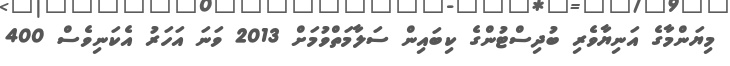
މިޔަންމާގެ އަނިޔާވެރި ބުދިސްޓުންގެ ކިބައިން ސަލާމަތްވުމަށް 2013 ވަނަ އަހަރު އެކަނިވެސް 400